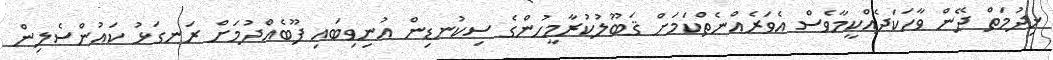
ޚިދުމަތް ދޭން ވާހަކަދެއްކީމާވެސް އެވަރެއްނެތްކަމަށް ޤަބޫލުކުރާމީހުންގެ ސިކުނޑިން އުނިވިބައި ފޫބެއްދުމަށް ރަނގަޅު ކައުންސެލިން